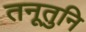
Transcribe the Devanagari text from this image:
तनूतुनि